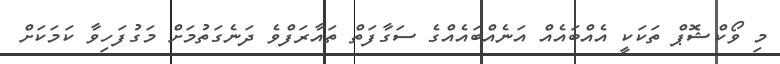
މި ވޯކްޝޮޕް ތަކަކީ އެއްބައެއް އަނެއްބައެއްގެ ސަގާފަތް ތައާރަފްވެ ދަނެގަތުމަށް މަގުފަހިވާ ކަމަކަށް